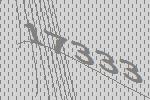
17333